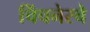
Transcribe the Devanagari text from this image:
चिंचनेरचे